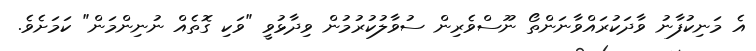
އެ މަނިކުފާނު ވާދަކުރައްވާނަންތޯ ނޫސްވެރިން ސުވާލުކުރުމުން ވިދާޅުވީ "ވަކި ގޮތެއް ނުނިންމަން" ކަމަށެވެ.